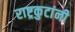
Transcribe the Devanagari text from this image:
राष्ट्रकुटांनी